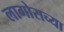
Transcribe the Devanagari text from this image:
लागोसच्या